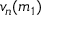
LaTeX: v _ { n } ( m _ { 1 } )